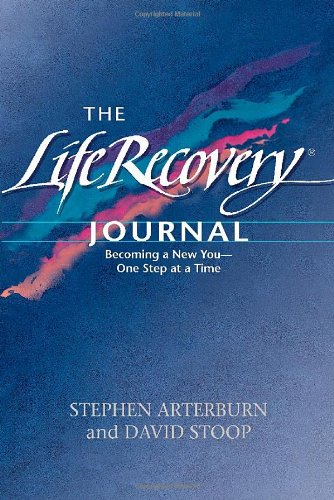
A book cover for The Life Recovery Journal: Becoming a New You - One Step at a Time; Stephen Arterburn; Health, Fitness & Dieting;